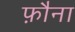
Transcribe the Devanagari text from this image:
फ़ौना